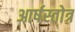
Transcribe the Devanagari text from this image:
आर्षस्तोत्र